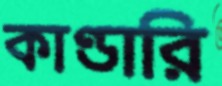
কাণ্ডারি